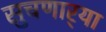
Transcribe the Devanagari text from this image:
सुचणार्‍या